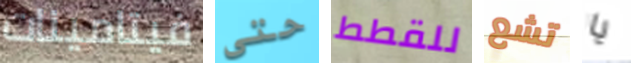
فيتامينات حتى للقطط تشع يا